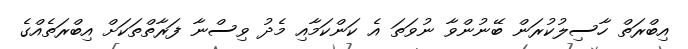
އިބްރަތް ހާސިލުކުރަން ބޭނުންވާ ނުވަތަ އެ ކަންކަމާއި މެދު ވިސްނާ ފަރާތްތަކަށް އިބްރަތެއްގެ